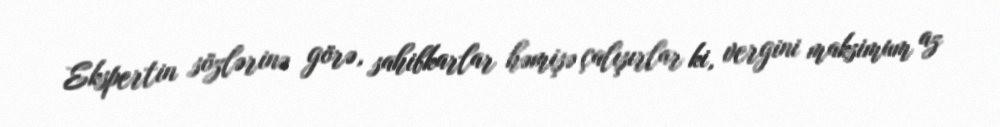
Ekspertin sözlərinə görə, sahibkarlar həmişə çalışırlar ki, vergini maksimum az